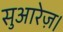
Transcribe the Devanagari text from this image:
सुआरेज़।